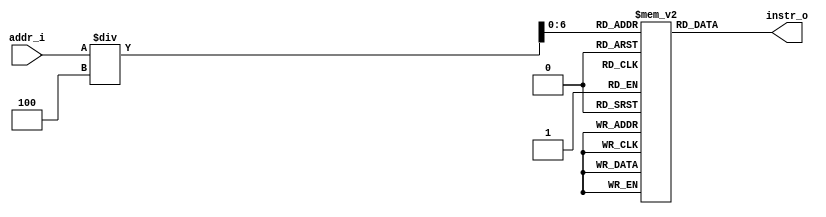
`timescale 1ns / 1ps
//////////////////////////////////////////////////////////////////////////////////
// Company:
// Engineer:
//
// Create Date:
// Design Name:
// Module Name:    Instruction_Memory
// Project Name:
// Target Devices:
// Tool versions:
// Description:
//
// Dependencies:
//
// Revision:
// Revision
// Additional Comments:
//
//////////////////////////////////////////////////////////////////////////////////
module Instruction_Memory
(
    addr_i,
    instr_o
);

// Interface
input  [31:0]  addr_i;
output [31:0]  instr_o;
integer        i;

// Instruction File
reg    [31:0]  instruction_file    [0:127];

initial begin

    for ( i=0; i<128; i=i+1 )
            instruction_file[i] = 32'b0;

end

assign    instr_o = instruction_file[addr_i/4];

endmodule